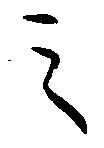
之